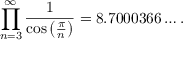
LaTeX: \prod _ { n = 3 } ^ { \infty } { \frac { 1 } { \cos \left( { \frac { \pi } { n } } \right) } } = 8 . 7 0 0 0 3 6 6 \ldots .